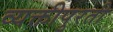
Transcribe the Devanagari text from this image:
व्यक्तीपुरती